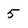
Character: 5